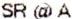
SR @ A